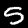
Label: 5